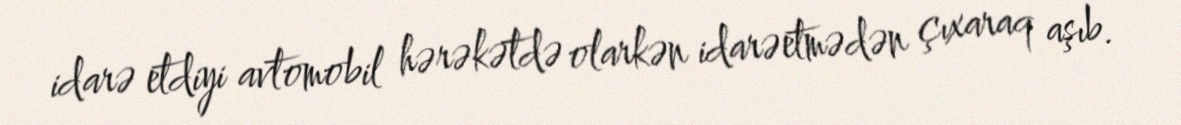
idarə etdiyi avtomobil hərəkətdə olarkən idarəetmədən çıxaraq aşıb.